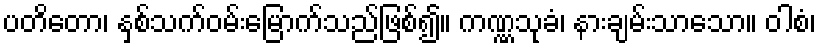
ပတိတော၊ နှစ်သက်ဝမ်းမြောက်သည်ဖြစ်၍။ ကဏ္ဏသုခံ၊ နားချမ်းသာသော။ ဝါစံ၊